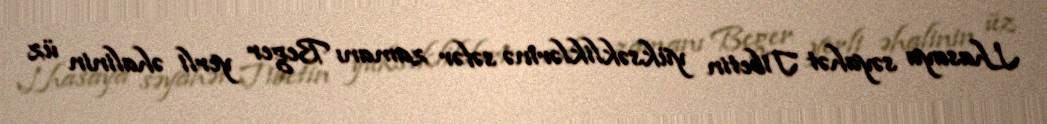
Lhasaya səyahət Tibetin yüksəkliklərinə səfər zamanı Beger yerli əhalinin üz